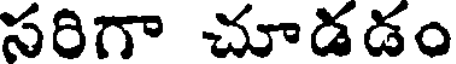
సరిగా చూడడం